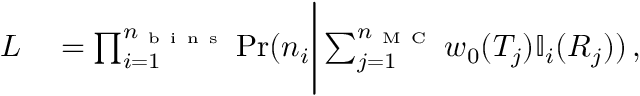
\begin{array} { r l } { L } & { { } = \prod _ { i = 1 } ^ { n _ { \mathrm { ~ b ~ i ~ n ~ s ~ } } } \operatorname* { P r } ( n _ { i } \Bigg | \sum _ { j = 1 } ^ { n _ { \mathrm { ~ M ~ C ~ } } } w _ { 0 } ( T _ { j } ) \mathbb { I } _ { i } ( R _ { j } ) ) \, , } \end{array}